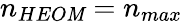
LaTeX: n_{HEO\mathit{M}}=n_{max}